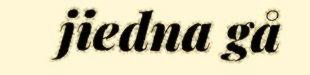
jiedna gå